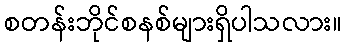
စတန်းဘိုင်စနစ်များရှိပါသလား။